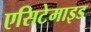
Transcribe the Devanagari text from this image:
एसिटेमाइड